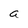
Character: a